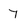
Character: 7